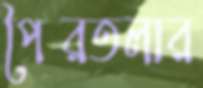
পৈরতলার